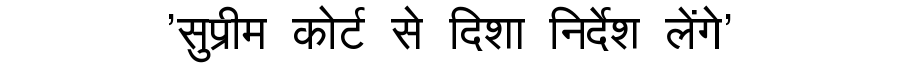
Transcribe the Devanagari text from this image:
'सुप्रीम कोर्ट से दिशा निर्देश लेंगे'